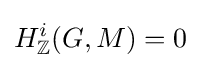
H_{\mathbb {Z} }^{i}(G,M)=0